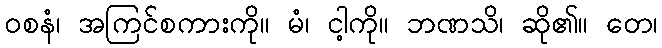
ဝစနံ၊ အကြင်စကားကို။ မံ၊ ငါ့ကို။ ဘဏသိ၊ ဆို၏။ တေ၊